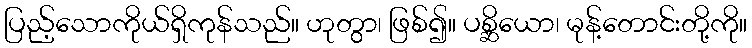
ပြည့်သောကိုယ်ရှိကုန်သည်။ ဟုတွာ၊ ဖြစ်၍။ ပစ္ဆိယော၊ မုန့်တောင်းတို့ကို။